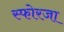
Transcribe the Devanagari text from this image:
स्फोरजा